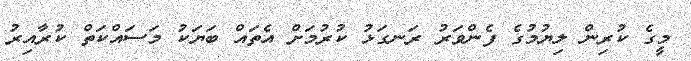
މީގެ ކުރިން ލިޔުމުގެ ފެންވަރު ރަނގަޅު ކުރުމަށް އެތައް ބަޔަކު މަސައްކަތް ކުރާއިރު